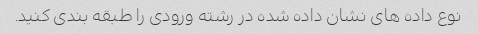
نوع داده های نشان داده شده در رشته ورودی را طبقه بندی کنید.